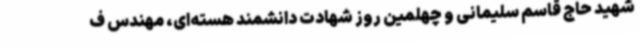
شهید حاج قاسم سلیمانی و چهلمین روز شهادت دانشمند هسته‌ای، مهندس ف